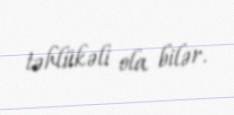
təhlükəli ola bilər.